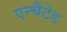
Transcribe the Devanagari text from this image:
एन्चैंटेड